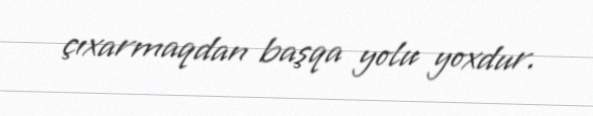
çıxarmaqdan başqa yolu yoxdur.